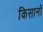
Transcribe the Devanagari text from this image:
किसानोें